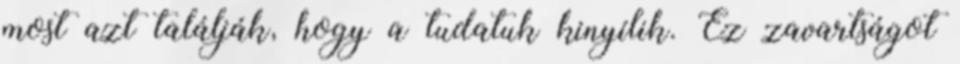
most azt találják, hogy a tudatuk kinyílik. Ez zavartságot